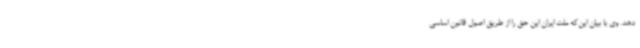
دهد. وی با بیان این‌که ملت ایران این حق را از طریق اصول قانون اساسی